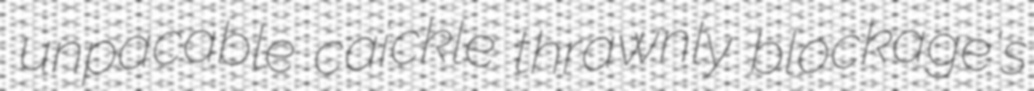
unpacable caickle thrawnly blockage's